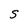
Character: S